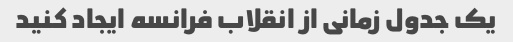
یک جدول زمانی از انقلاب فرانسه ایجاد کنید